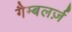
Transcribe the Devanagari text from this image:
गैम्बलर्ज़